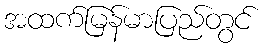
အထက်မြန်မာပြည်တွင်